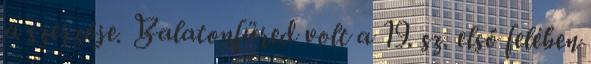
a szerzője. Balatonfüred volt a 19. sz. első felében